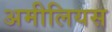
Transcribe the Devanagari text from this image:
अमीलियस